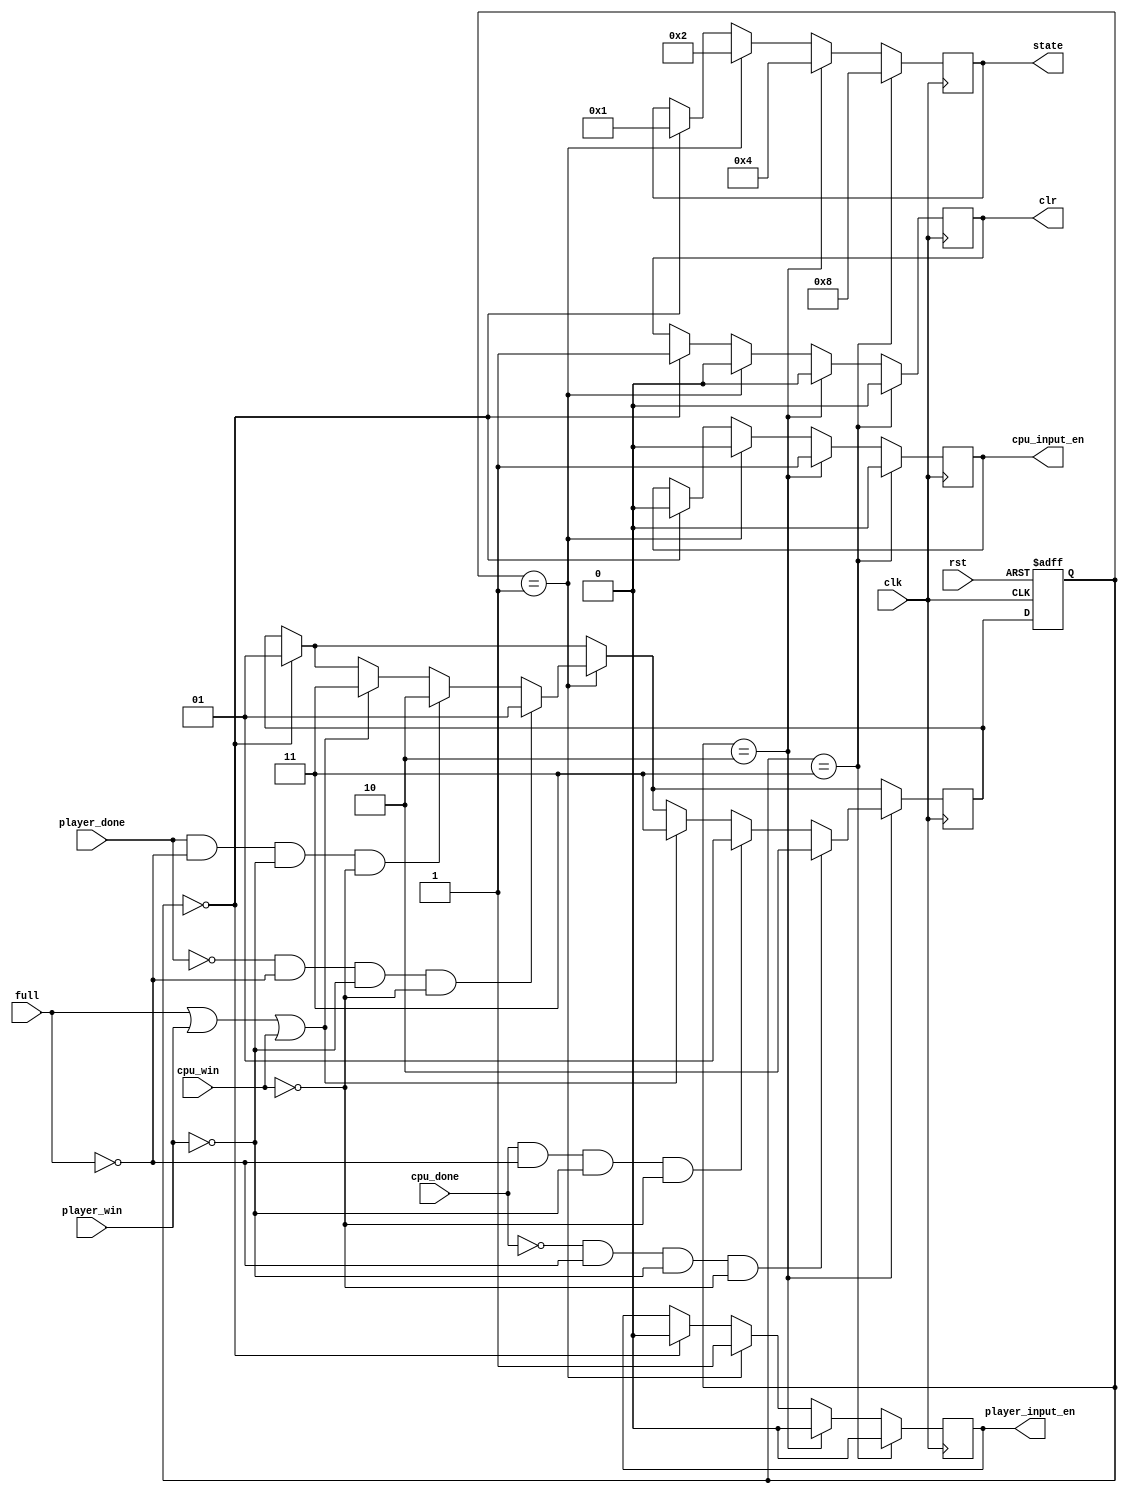
module controller(clk,rst,full,player_win,cpu_win,cpu_input_en,player_input_en,player_done,cpu_done,state,clr);
//12100839
parameter idle=2'b00;
parameter player=2'b01;
parameter cpu=2'b10;
parameter endgame=2'b11;

input clk,rst,full,player_win,cpu_win,player_done,cpu_done;
output reg cpu_input_en, player_input_en;
output reg[3:0]state;
output reg clr=0;
reg [1:0]cur_state,nxt_state;

always@(posedge clk or posedge rst)
begin
	if(rst)
	begin
		cur_state=idle;
	end
	else 
	begin
		cur_state=nxt_state;
	end
end
always@(posedge clk)
begin
	if(cur_state==idle)
	begin
		state=4'b0001;
		nxt_state=player;
		cpu_input_en=0;
		player_input_en=0;
		clr=1;
	end
	if(cur_state==player)
	begin
		clr=0;
		state=4'b0010;
		cpu_input_en=0;
		player_input_en=1;
		if (full==1 || player_win==1 || cpu_win==1)
		begin
			nxt_state=endgame;
		end
		if(player_done==1 && full==0 && player_win==0 && cpu_win==0)
		begin
				nxt_state=cpu;
		end
		if(player_done==0&& full==0 && player_win==0 && cpu_win==0)
		begin
				nxt_state=player;
		end
		
	end
	if(cur_state==cpu)
	begin
		clr=0;
		state=4'b0100;
		cpu_input_en=1;
		player_input_en=0;
		if (full==1 || player_win==1 || cpu_win==1)
		begin
			nxt_state=endgame;
		end
		if(cpu_done==1 && full==0 && player_win==0 && cpu_win==0)
		begin
			nxt_state=player;
		end
		if(cpu_done==0&& full==0 && player_win==0 && cpu_win==0)
		begin
			nxt_state=cpu;
		end
	end
	if(cur_state==endgame)
	begin
		clr=0;
		state=4'b1000;
		cpu_input_en=0;
		player_input_en=0;
	end
end
endmodule